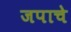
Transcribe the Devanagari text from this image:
जपाचे